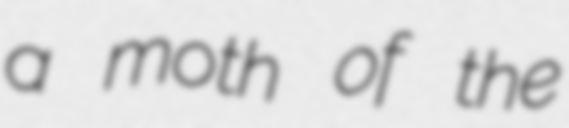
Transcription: a moth of the